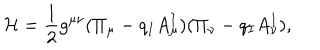
\mathcal { H } = \frac 1 2 g ^ { \mu \nu } ( \Pi _ { \mu } - q _ { I } A _ { \mu } ^ { I } ) ( \Pi _ { \nu } - q _ { I } A _ { \nu } ^ { I } ) ,